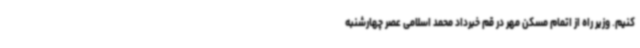
کنیم. وزیر راه از اتمام مسکن مهر در قم خبرداد محمد اسلامی عصر چهارشنبه